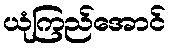
ယုံကြည်အောင်